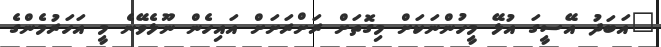
"އަބަދު އޭސީގަ އުޅޭ މީހުންނަކަށް މިގޮތަށް ރަށްރަށަށް އައިހެން ނޫޅެވޭނެ މީ އަހަރުމެންގެ